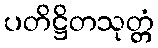
ပတိဋ္ဌိတသုတ္တံ